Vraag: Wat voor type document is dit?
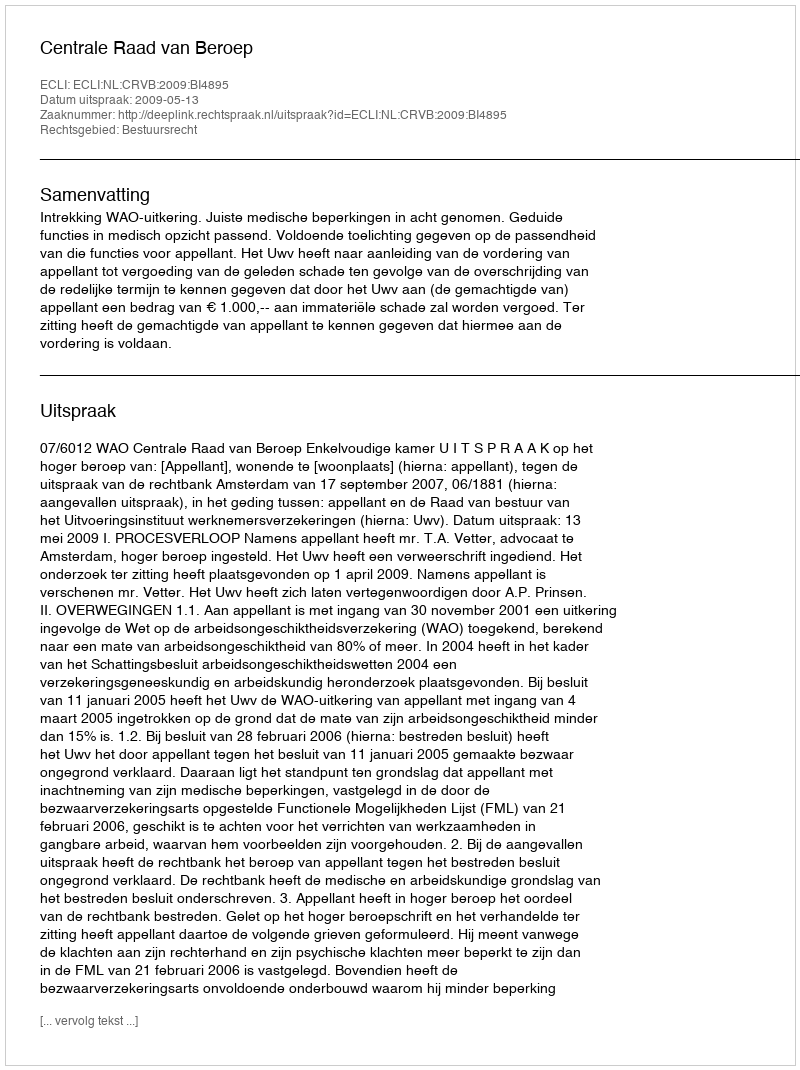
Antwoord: Uitspraak